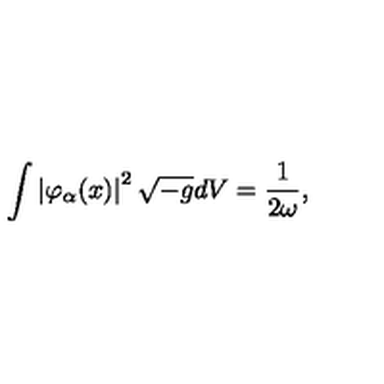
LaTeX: \int \left| \varphi _ { \alpha } ( x ) \right| ^ { 2 } \sqrt { - g } d V = \frac { 1 } { 2 \omega } ,